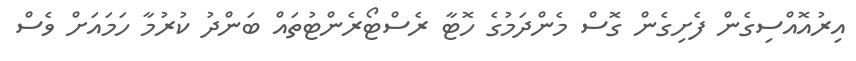
އިރުއޮއްސިގެން ފެށިގެން ގޮސް މެންދަމުގެ ހޮޓާ ރެސްޓޯރެންޓުތައް ބަންދު ކުރުމާ ހަމައަށް ވެސް